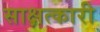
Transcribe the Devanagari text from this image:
साक्षत्कारी